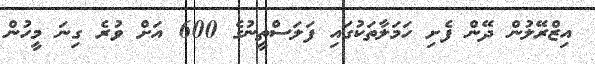
އިޒްރޭލުން ދޭން ފެށި ހަމަލާތަކުގައި ފަލަސްތީނުގެ 600 އަށް ވުރެ ގިނަ މީހުން